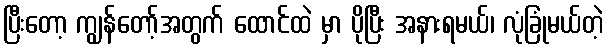
ပြီးတော့ ကျွန်တော့်အတွက် ထောင်ထဲ မှာ ပိုပြီး အနားရမယ်၊ လုံခြုံမယ်တဲ့